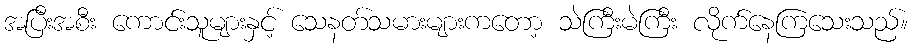
အပြီးအစီး ကောင်းသူများနှင့် သေနတ်သမားများကတော့ သဲကြီးမဲကြီး လိုက်နေကြသေးသည်။